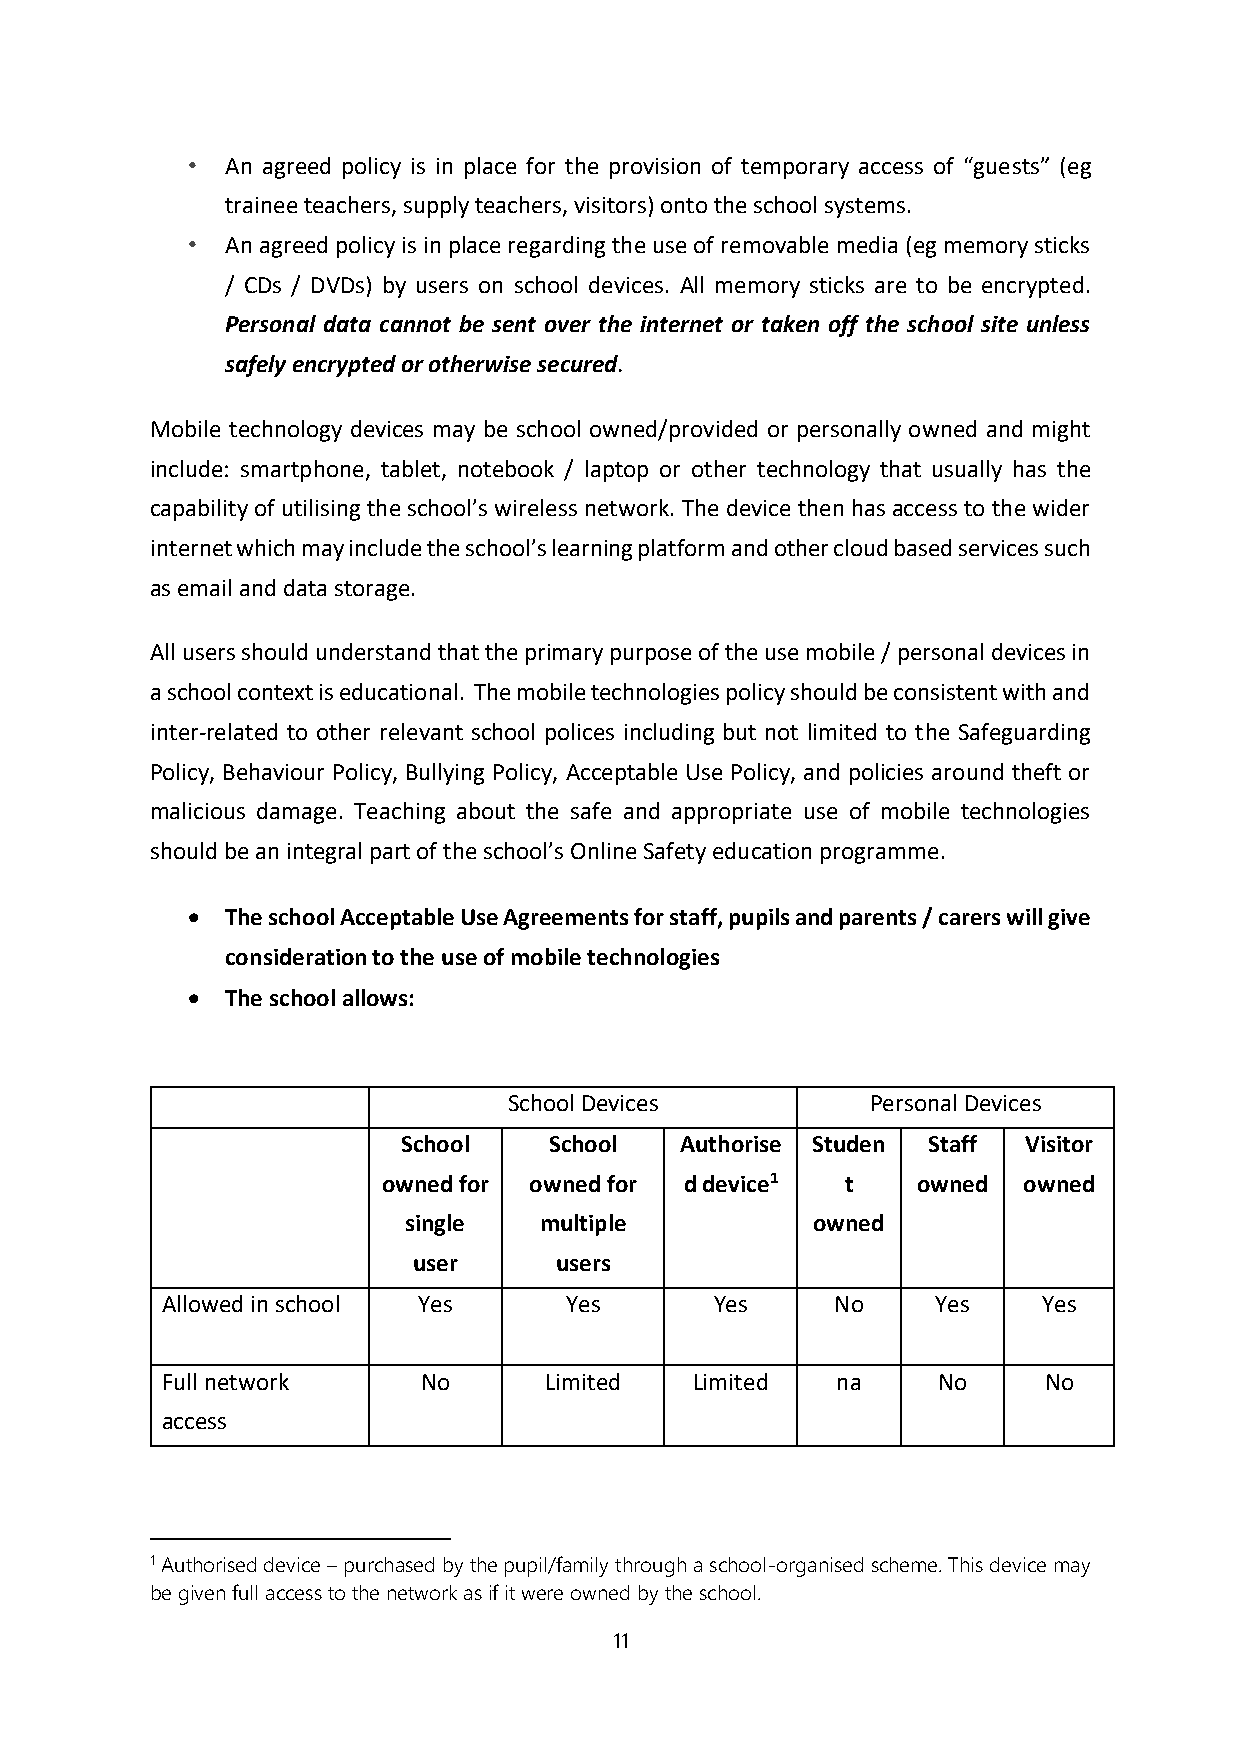
•  An agreed policy is in place for the provision of temporary access of “guests” (eg
 trainee teachers, supply teachers, visitors) onto the school systems.
 •  An agreed policy is in place regarding the use of removable media (eg memory sticks
 / CDs / DVDs) by users on school devices. All memory sticks are to be encrypted.
 Personal data cannot be sent over the internet or taken off the school site unless
 safely encrypted or otherwise secured.
 Mobile technology devices may be school owned/provided or personally owned and might
 include: smartphone, tablet, notebook / laptop or other technology that usually has the
 capability of utilising the school’s wireless network. The device then has access to the wider
 internet which may include the school’s learning platform and other cloud based services such
 as email and data storage.
 All users should understand that the primary purpose of the use mobile / personal devices in
 a school context is educational. The mobile technologies policy should be consistent with and
 inter-related to other relevant school polices including but not limited to the Safeguarding
 Policy, Behaviour Policy, Bullying Policy, Acceptable Use Policy, and policies around theft or
 malicious damage. Teaching about the safe and appropriate use of mobile technologies
 should be an integral part of the school’s Online Safety education programme.
   The school Acceptable Use Agreements for staff, pupils and parents / carers will give
 consideration to the use of mobile technologies
   The school allows:
 School Devices          Personal Devices
 School   School   Authorise Studen Staff Visitor
 owned for owned for d device1  t    owned  owned
 single   multiple          owned
 user      users
 Allowed in school Yes     Yes       Yes     No     Yes    Yes
 Full network     No      Limited   Limited  na     No     No
 access
 1 Authorised device – purchased by the pupil/family through a school-organised scheme. This device may
 be given full access to the network as if it were owned by the school.
 11